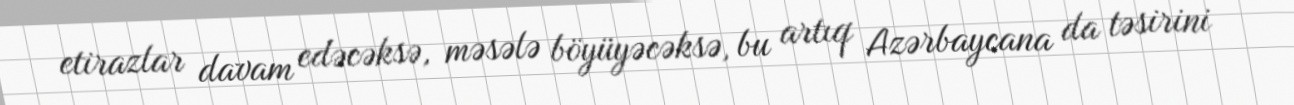
etirazlar davam edəcəksə, məsələ böyüyəcəksə, bu artıq Azərbaycana da təsirini